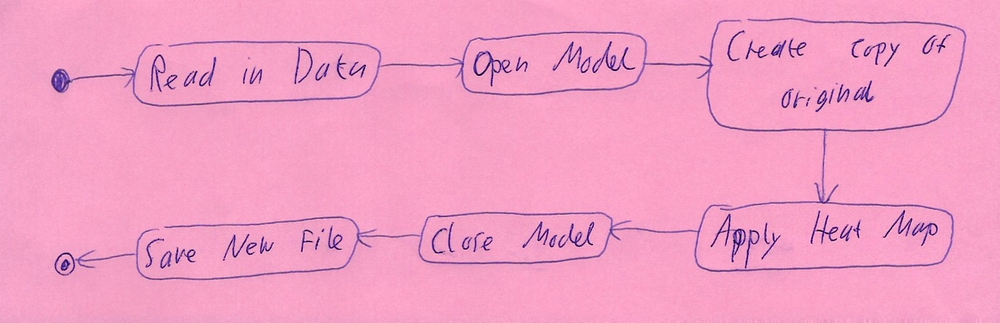
Diagram type: activity_diagram
```plantuml
@startuml

start

:Read in Data;

:Open Model;

:Create copy of original;

:Apply Heat Map;

:Close Model;

:Save New File;

stop

@enduml
```